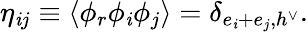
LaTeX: \eta_{\mathit{i}j}\equiv\langle\phi_{r}\phi_{\mathit{i}}\phi_{j}\rangle=\delta_{e_{\mathit{i}}+e_{j},h^{\vee}}.